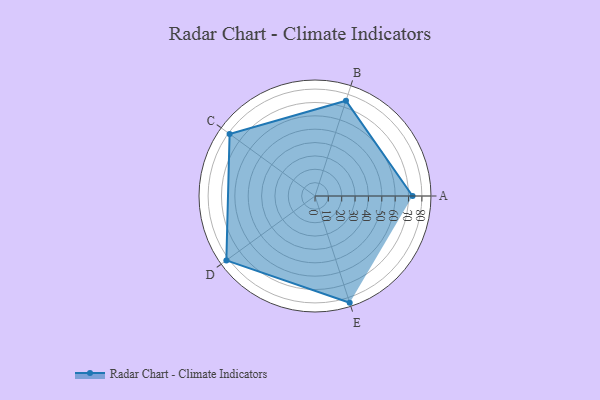
{"axis": {"x": "Skill", "y": "Score"}, "legend": ["Profile"], "data": [{"x": "A", "y": 73.0, "type": "Profile"}, {"x": "B", "y": 75.0, "type": "Profile"}, {"x": "C", "y": 79.0, "type": "Profile"}, {"x": "D", "y": 82.0, "type": "Profile"}, {"x": "E", "y": 84.0, "type": "Profile"}]}